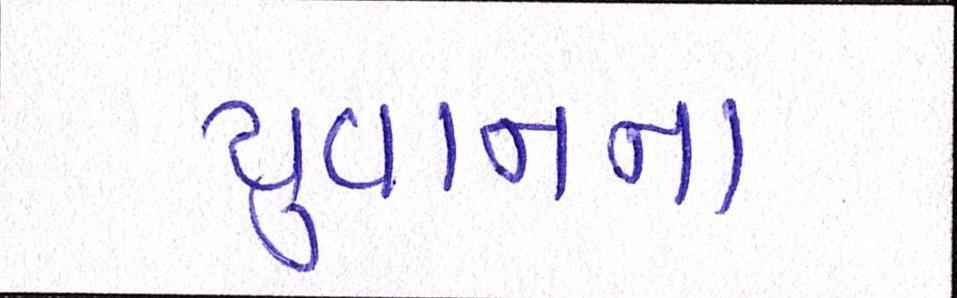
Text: યુવાનના